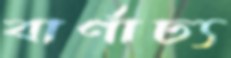
বার্ণাঢ্য